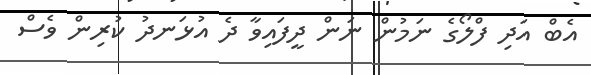
އެބް އަދި ފްލޯގެ ނަމުން ނަން ދީފައިވާ ދެ އުޅަނދު ކުރިން ވެސް